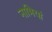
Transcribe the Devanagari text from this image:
नाभियां